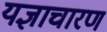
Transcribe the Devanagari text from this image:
यज्ञाचारण